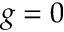
g = 0